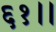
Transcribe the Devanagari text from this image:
६१।।